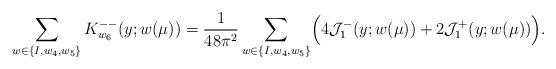
LaTeX: \begin{align*} \sum_{w \in \{I, w_4, w_5\}} K_{w_6}^{--}(y; w(\mu)) = \frac{1}{48\pi^2} \sum_{w \in \{I, w_4, w_5\}} \Bigl(4 \mathcal{J}_1^{-}(y; w(\mu)) +2 \mathcal{J}_1^+(y; w(\mu)) \Bigr).\end{align*}